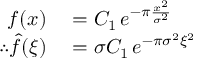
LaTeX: \begin{array} { r l } { f ( x ) } & { { } = C _ { 1 } \, e ^ { - \pi { \frac { x ^ { 2 } } { \sigma ^ { 2 } } } } } \\ { \therefore { \hat { f } } ( \xi ) } & { { } = \sigma C _ { 1 } \, e ^ { - \pi \sigma ^ { 2 } \xi ^ { 2 } } } \end{array}